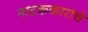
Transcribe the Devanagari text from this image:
नाटककारांचे